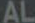
AL